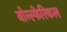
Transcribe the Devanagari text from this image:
नोन्स्फेरिकल